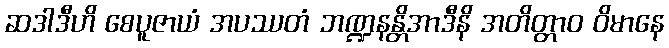
ဆဒါဒီဟိ စေပူဇာယံ အပဿတံ ဘဏ္ဍနန္တိအာဒီနိ အတိတ္တာဝ ဝိမာနေ